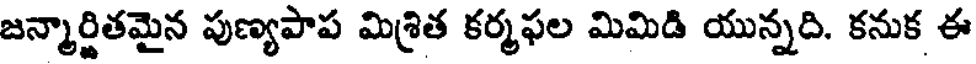
జన్మార్జితమైన పుణ్యపాప మిశ్రిత కర్మఫల మిమిడి యున్నది. కనుక ఈ